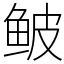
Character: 鲏